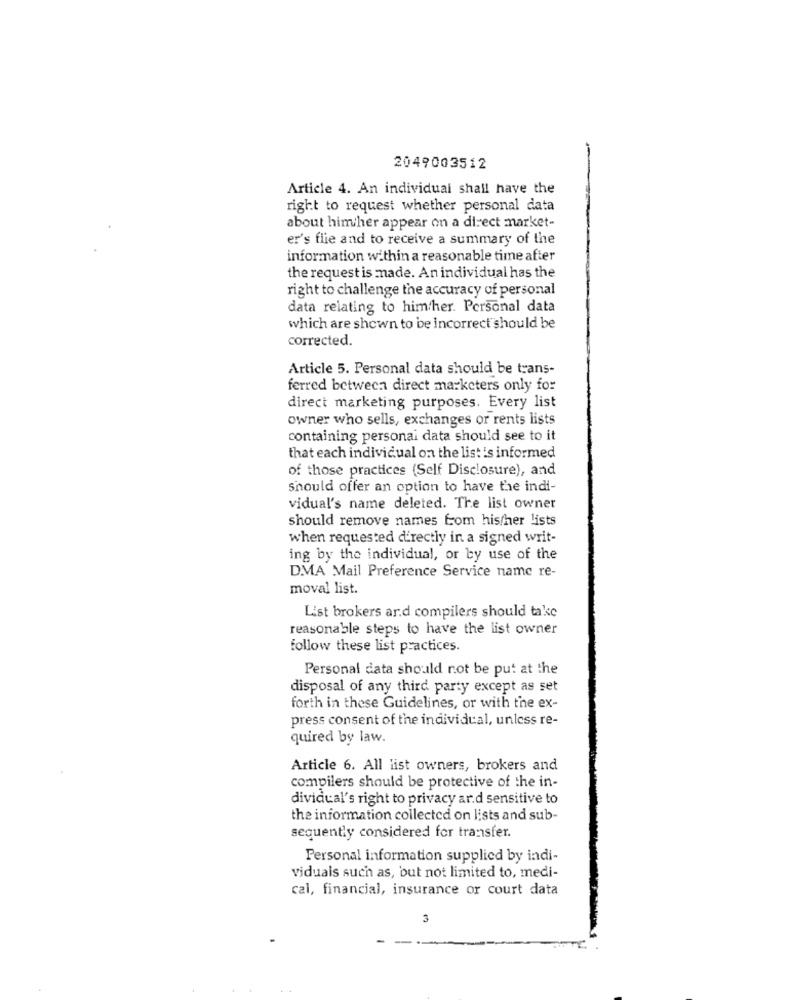
2049003512
Article 4. An individual shall have the
right to request whether personal data
about him/her appear on a direct market-
er's file and to receive a summary of the
information within a reasonable time after
the request is made. An individual has the
right to challenge the accuracy of personal
data relating to him/her. Personal data
which are shown to be incorrect should be
corrected.
Article 5. Personal data should be trans-
ferred between direct marketers only for
direct marketing purposes. Every list
owner who sells, exchanges or rents lists
containing personal data should see to it
that each individual on the list is informed
of those practices (Self Disclosure), and
should offer an option to have the indi-
vidual's name deleted. The list owner
should remove names from his/her lists
when requested directly in a signed writ-
ing by the individual, or by use of the
DMA Mail Preference Service name re-
moval list.
List brokers ard compilers should take
reasonable steps to have the list owner
follow these list practices.
Personal data should not be put at the
disposal of any third party except as set
forth in these Guidelines, or with the ex-
press consent of the individual, unless re-
quired by law.
Article 6. All list owners, brokers and
compilers should be protective of the in-
dividual's right to privacy ard sensitive to
the information collected on lists and sub-
sequently considered for transfer.
Personal information supplied by indi-
viduals such as, but not limited to, medi-
cal, financial, insurance or court data
3